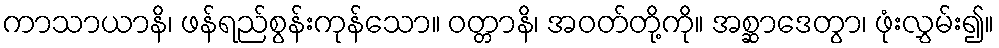
ကာသာယာနိ၊ ဖန်ရည်စွန်းကုန်သော။ ဝတ္တာနိ၊ အဝတ်တို့ကို။ အစ္ဆာဒေတွာ၊ ဖုံးလွှမ်း၍။